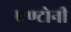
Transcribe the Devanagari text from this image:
एण्टोनी